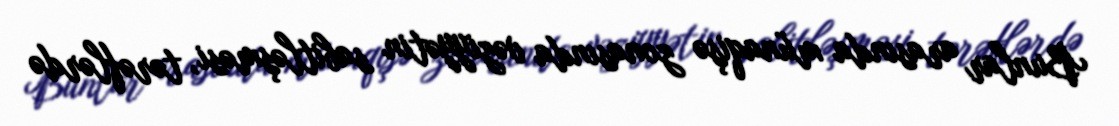
Bunlar arasında münaqişə zonasında vəziyyətin sabitləşməsi, tərəflərdə